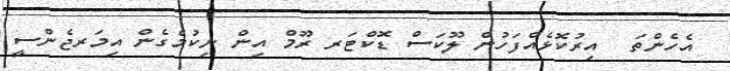
އެހެންތަ  އިރުކޮޅެއްފަހުން ލޫކަސް ޑޮކްޓަރ ރޫމް އިން ނިކުމެގެން އިމަރޖެންސީ